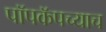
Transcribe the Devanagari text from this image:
पॉपकॅपच्याच